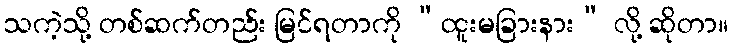
သကဲ့သို့ တစ်ဆက်တည်း မြင်ရတာကို “ထူးမခြားနား” လို့ ဆိုတာ။